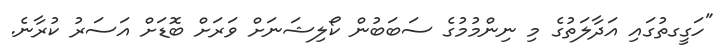
"ހަގީގތުގައި އަދާލަތުގެ މި ނިންމުމުގެ ސަބަބުން ކޯލިޝަނަށް ވަރަށް ބޮޑަށް އަސަރު ކުރާނެ.